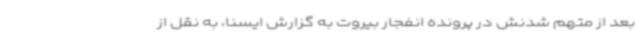
بعد از متهم شدنش در پرونده انفجار بیروت به گزارش ایسنا، به نقل از